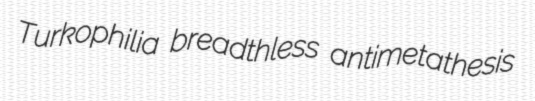
Turkophilia breadthless antimetathesis